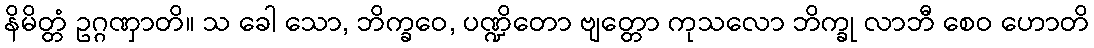
နိမိတ္တံ ဥဂ္ဂဏှာတိ။ သ ခေါ သော, ဘိက္ခဝေ, ပဏ္ဍိတော ဗျတ္တော ကုသလော ဘိက္ခု လာဘီ စေဝ ဟောတိ